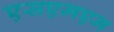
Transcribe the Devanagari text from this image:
एसएमएम